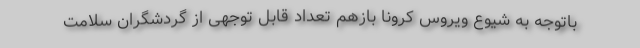
باتوجه به شیوع ویروس کرونا بازهم تعداد قابل توجهی از گردشگران سلامت